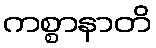
ကစ္စာနာတိ